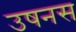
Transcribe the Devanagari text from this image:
उषनस